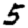
Digit: 5